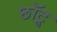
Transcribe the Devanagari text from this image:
छॉटू